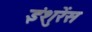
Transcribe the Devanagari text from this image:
इंशुरेंस